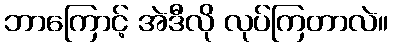
ဘာကြောင့် အဲဒီလို လုပ်ကြတာလဲ။